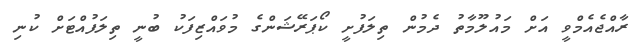
ރާއްޖެއެމްވީ އަށް މައުލޫމާތު ދެމުން ތިލަފުށީ ކޯޕަރޭޝަންގެ މުވައްޒިފަކު ބުނީ ތިލަފުއްޓަށް ކުނި